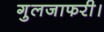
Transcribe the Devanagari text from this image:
गुलजाफरी।